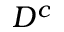
D ^ { c }